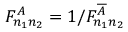
F _ { n _ { 1 } n _ { 2 } } ^ { A } = 1 / F _ { n _ { 1 } n _ { 2 } } ^ { \overline { { A } } }